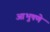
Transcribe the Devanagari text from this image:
आभुषणे